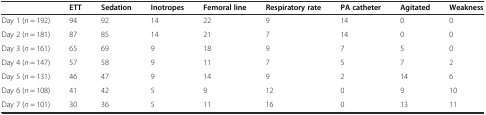
<table><thead><tr><td></td><td><b>ETT</b></td><td><b>Sedation</b></td><td><b>Inotropes</b></td><td><b>Femoral line</b></td><td><b>Respiratory rate</b></td><td><b>PA catheter</b></td><td><b>Agitated</b></td><td><b>Weakness</b></td></tr></thead><tbody><tr><td>Day 1 (<i>n</i> = 192)</td><td>94</td><td>92</td><td>14</td><td>22</td><td>9</td><td>14</td><td>0</td><td>0</td></tr><tr><td>Day 2 (<i>n</i> = 181)</td><td>87</td><td>85</td><td>14</td><td>21</td><td>7</td><td>14</td><td>0</td><td>0</td></tr><tr><td>Day 3 (<i>n</i> = 161)</td><td>65</td><td>69</td><td>9</td><td>18</td><td>9</td><td>7</td><td>5</td><td>0</td></tr><tr><td>Day 4 (<i>n</i> = 147)</td><td>57</td><td>58</td><td>9</td><td>11</td><td>7</td><td>5</td><td>7</td><td>2</td></tr><tr><td>Day 5 (<i>n</i> = 131)</td><td>46</td><td>47</td><td>9</td><td>14</td><td>9</td><td>2</td><td>14</td><td>6</td></tr><tr><td>Day 6 (<i>n</i> = 108)</td><td>41</td><td>42</td><td>5</td><td>9</td><td>12</td><td>0</td><td>9</td><td>10</td></tr><tr><td>Day 7 (<i>n</i> = 101)</td><td>30</td><td>36</td><td>5</td><td>11</td><td>16</td><td>0</td><td>13</td><td>11</td></tr></tbody></table>